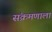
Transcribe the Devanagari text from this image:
संक्रमणाला